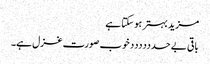
مزید بہتر ہو سکتا ہے
باقی بے حدددددد خوب صورت غزل ہے۔